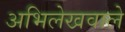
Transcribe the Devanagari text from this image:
अभिलेखवाले